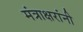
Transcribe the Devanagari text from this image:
मंत्राक्षरांनी